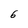
Character: 6